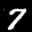
Label: 7